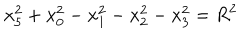
x _ { 5 } ^ { 2 } + x _ { 0 } ^ { 2 } - x _ { 1 } ^ { 2 } - x _ { 2 } ^ { 2 } - x _ { 3 } ^ { 2 } = R ^ { 2 }